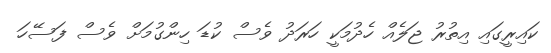
ކައިރީގައި އިތުރު ޖަލެއް ހެދުމަކީ ހަރަދު ވެސް ކުޑަ ހިންގުމަށް ވެސް ފަސޭހަ